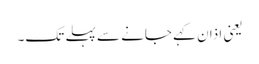
یعنی اذان کہے جانے سے پہلے تک۔